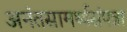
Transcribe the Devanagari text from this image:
अनंतसामर्थ्यसंपन्ना